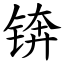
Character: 锛